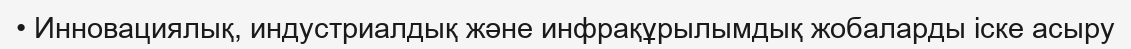
• Инновациялық, индустриалдық және инфрақұрылымдық жобаларды іске асыру